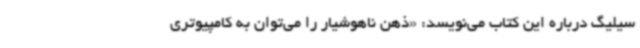
سیلیگ درباره‌ این کتاب می‌نویسد: «ذهن ناهوشیار را می‌توان به کامپیوتری